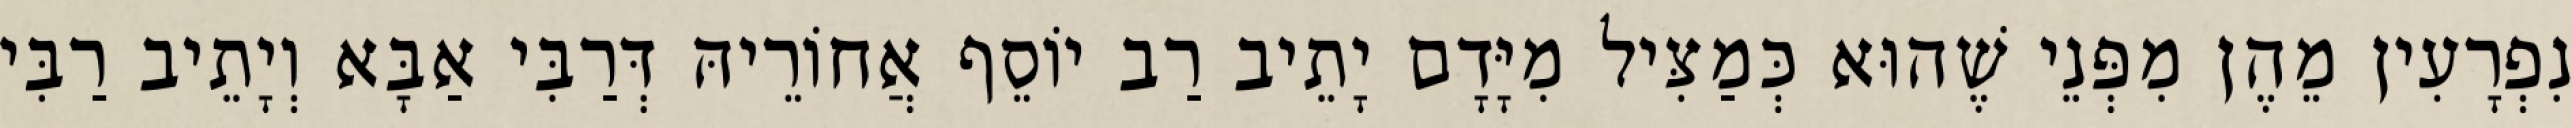
נִפְרָעִין מֵהֶן מִפְּנֵי שֶׁהוּא כְּמַצִּיל מִיָּדָם יָתֵיב רַב יוֹסֵף אֲחוֹרֵיהּ דְּרַבִּי אַבָּא וְיָתֵיב רַבִּי